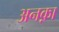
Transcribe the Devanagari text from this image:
अनक़ा